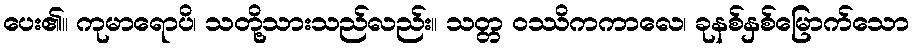
ပေး၏။ ကုမာရောပိ၊ သတို့သားသည်လည်း။ သတ္တ ဝဿိကကာလေ၊ ခုနစ်နှစ်မြောက်သော